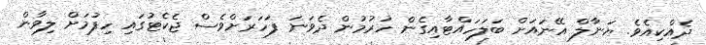
ދެއްކިއެވެ. ޔަނާލް އޭނައަށް ބަލަހައްޓާއިގެން ހުރުމުން ދެވަނަ ފަހަރަށްވެސް ޖެކެޓުގައި ހިފުމަށް ލިވާން